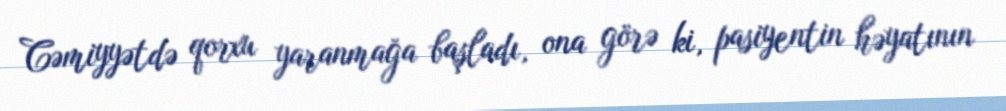
Cəmiyyətdə qorxu yaranmağa başladı, ona görə ki, pasiyentin həyatının